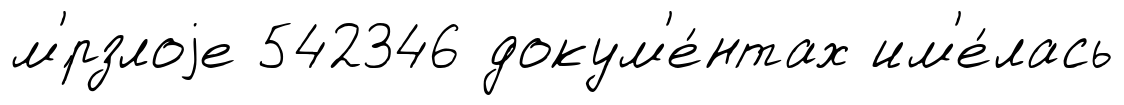
м'́рзлоjе 542346 докум'е́нтах им'е́лась